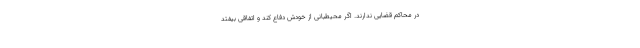
در محاکم قضایی ندارند. اگر محیطبانی از خودش دفاع کند و اتفاقی بیفتد